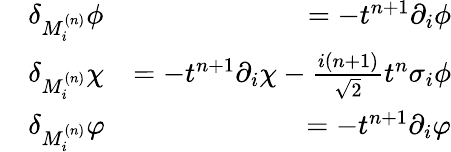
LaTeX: \begin{array}{rlr}&{\delta_{M_{i}^{(n)}}\phi}&{=-t^{n+1}\partial_{i}\phi}\\ &{\delta_{M_{i}^{(n)}}\chi}&{=-t^{n+1}\partial_{i}\chi-\frac{i(n+1)}{\sqrt{2}}t^{n}\sigma_{i}\phi}\\ &{\delta_{M_{i}^{(n)}}\varphi}&{=-t^{n+1}\partial_{i}\varphi}\end{array}